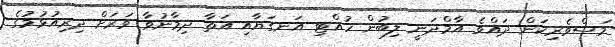
މަސްވެރިކަން ދައްވެ އާމްދަނީ ލިބުން ހުއްޓި އަނގަޔާއި އަތާ ދިމާނުވާ ވަރަށް ދިރިއުޅުމުގެ